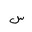
Letter: _sin